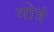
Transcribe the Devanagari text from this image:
गोत्रं